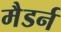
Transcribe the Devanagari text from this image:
मैडर्न